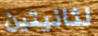
لثانيتين